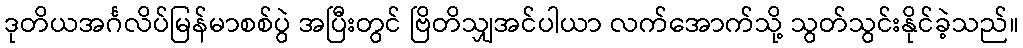
ဒုတိယအင်္ဂလိပ်မြန်မာစစ်ပွဲ အပြီးတွင် ဗြိတိသျှအင်ပါယာ လက်အောက်သို့ သွတ်သွင်းနိုင်ခဲ့သည်။